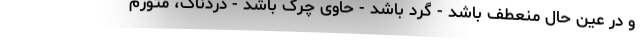
و در عین حال منعطف باشد - گرد باشد - حاوی چرک باشد - دردناک، متورم